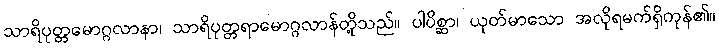
သာရိပုတ္တမောဂ္ဂလာနာ၊ သာရိပုတ္တရာမောဂ္ဂလာန်တို့သည်။ ပါပိစ္ဆာ၊ ယုတ်မာသော အလိုရမက်ရှိကုန်၏။